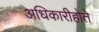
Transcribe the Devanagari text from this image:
अधिकारीहोते